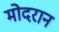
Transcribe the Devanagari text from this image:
मोदरान